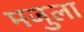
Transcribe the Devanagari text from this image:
मजुला